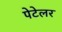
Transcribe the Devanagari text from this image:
पेटेलर